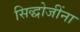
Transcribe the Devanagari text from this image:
सिद्धोजींना